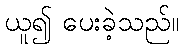
ယူ၍ ပေးခဲ့သည်။